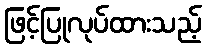
ဖြင့်ပြုလုပ်ထားသည့်